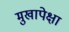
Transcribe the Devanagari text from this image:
मुखापेक्षा